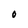
Character: O